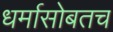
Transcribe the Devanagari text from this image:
धर्मासोबतच